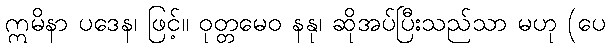
ဣမိနာ ပဒေန၊ ဖြင့်။ ဝုတ္တမေဝ နနု၊ ဆိုအပ်ပြီးသည်သာ မဟု (ပေ